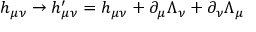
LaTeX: h _ { \mu \nu } \rightarrow h _ { \mu \nu } ^ { \prime } = h _ { \mu \nu } + \partial _ { \mu } \Lambda _ { \nu } + \partial _ { \nu } \Lambda _ { \mu }